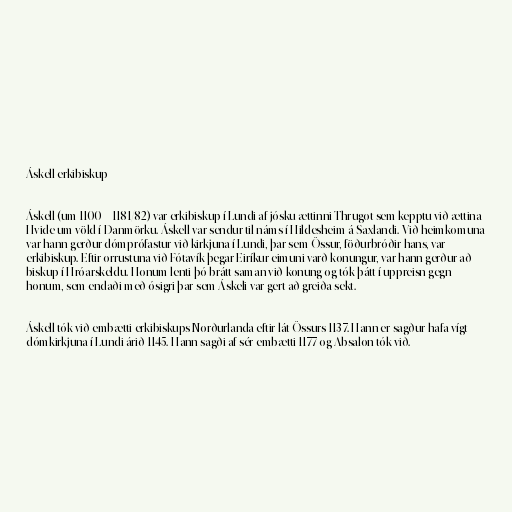
Áskell erkibiskup

Áskell (um 1100 – 1181/82) var erkibiskup í Lundi af jósku ættinni Thrugot sem kepptu við ættina
Hvide um völd í Danmörku. Áskell var sendur til náms í Hildesheim á Saxlandi. Við heimkomuna
var hann gerður dómprófastur við kirkjuna í Lundi, þar sem Össur, föðurbróðir hans, var
erkibiskup. Eftir orrustuna við Fótavík þegar Eiríkur eimuni varð konungur, var hann gerður að
biskup í Hróarskeldu. Honum lenti þó brátt saman við konung og tók þátt í uppreisn gegn
honum, sem endaði með ósigri þar sem Áskeli var gert að greiða sekt.

Áskell tók við embætti erkibiskups Norðurlanda eftir lát Össurs 1137. Hann er sagður hafa vígt
dómkirkjuna í Lundi árið 1145. Hann sagði af sér embætti 1177 og Absalon tók við.